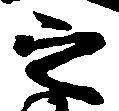
之